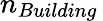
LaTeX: n_{Building}\,